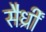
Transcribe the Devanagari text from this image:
सैर्ध्रीं